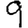
Digit: 9